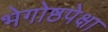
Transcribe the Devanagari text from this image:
भेगोष्ठपेक्षा